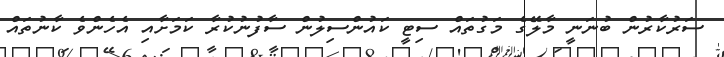
ސަރުކާރުން ބުނަނީ މާލޭގެ މަގުތައް ސިޓީ ކައުންސިލުން ސާފުނުކުރާ ކަމަށާއި އެހެންވެ ކާނުތައް